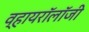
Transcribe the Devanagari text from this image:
व्हायरॉलॉजी